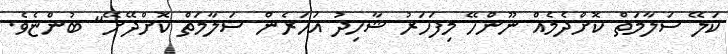
ކަލޭ ސަލާމަތް ކޮށްދެމެއް ނޫންހޭ މިފަހަރު ޝާހިދު އަހަރެން ސަލާމަތް ކޮށްދޭށޭ" ބުންޏެވެ.